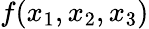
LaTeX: f(x_{1},x_{2},x_{3})